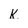
Character: K